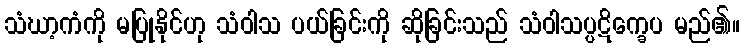
သံဃာ့ကံကို မပြုနိုင်ဟု သံဝါသ ပယ်ခြင်းကို ဆိုခြင်းသည် သံဝါသပ္ပဋိက္ခေပ မည်၏။